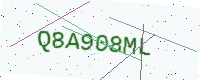
Text: Q8A908ML